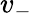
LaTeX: v_{-}